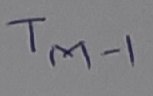
Text: TM-1